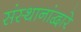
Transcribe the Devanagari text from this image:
संस्थानांद्वारे